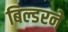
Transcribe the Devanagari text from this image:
बिल्डरने